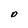
Character: O